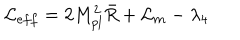
LaTeX: { \cal L } _ { e f f } = 2 M _ { p l } ^ { 2 } \bar { R } + { \cal L } _ { m } - \lambda _ { 4 }